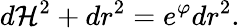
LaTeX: d\mathcal{H}^{2}+dr^{2}=e^{\varphi}dr^{2}.